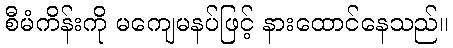
စီမံကိန်းကို မကျေမနပ်ဖြင့် နားထောင်နေသည်။